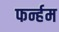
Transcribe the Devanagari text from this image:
फर्न्हम